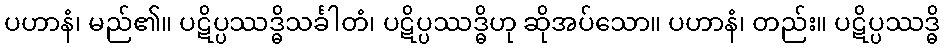
ပဟာနံ၊ မည်၏။ ပဋိပ္ပဿဒ္ဓိသင်္ခါတံ၊ ပဋိပ္ပဿဒ္ဓိဟု ဆိုအပ်သော။ ပဟာနံ၊ တည်း။ ပဋိပ္ပဿဒ္ဓိ